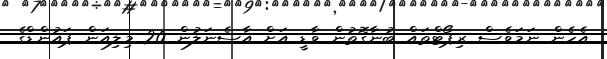
އެހެން ނަމަވެސް ރިޕޯޓްތައް ބުނާގޮތުން ވާޑީ އަށް އާސެނަލުން 20 މިލިއަން ޕައުންޑްގެ